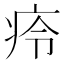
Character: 㾉